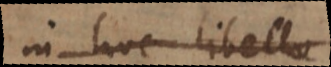
in hoc libello